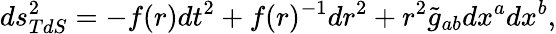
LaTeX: ds_{TdS}^{2}=-f(r)dt^{2}+f(r)^{-1}dr^{2}+r^{2}\tilde{g}_{ab}dx^{a}dx^{b},